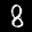
Label: 8